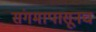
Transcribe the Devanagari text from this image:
संगमापासूनच